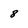
Character: 8